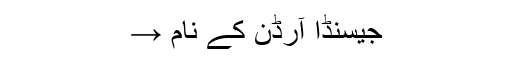
جیسنڈا آرڈن کے نام →